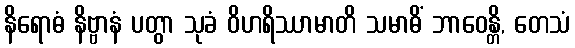
နိရောဓံ နိဗ္ဗာနံ ပတွာ သုခံ ဝိဟရိဿာမာတိ သမာဓိံ ဘာဝေန္တိ, တေသံ